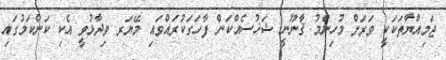
ޖަމިއްޔާތަކަކީ ވަރަށް މުހިންމު ޤާނޫނީ ޝަޚުސެއްކަން ފާހަގަކުރައްވައި މޭޔަރ ވިދާޅުވީ އެކި ކަންކަމުގައި